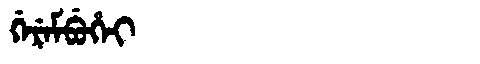
Manchu: ᡤᡝᡵᡝᠮᠪᡠᡥᡝᡳ
Romanization: GEREMBUHEI